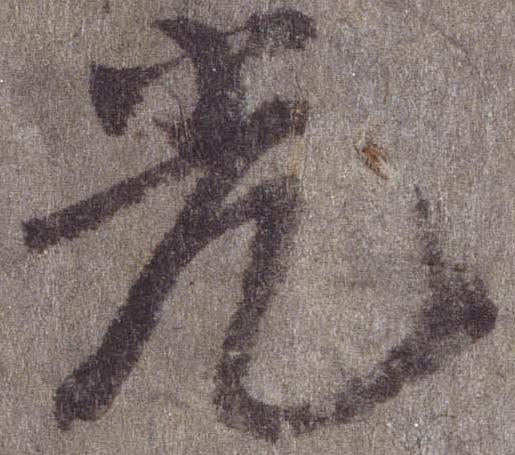
光